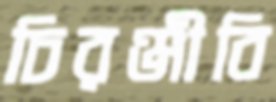
চিরঞ্জীবি